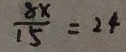
\frac { 8 x } { 1 5 } = 2 4